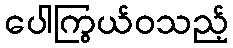
ပေါကြွယ်ဝသည့်